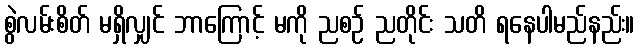
စွဲလမ်းစိတ် မရှိလျှင် ဘာကြောင့် မကို ညစဉ် ညတိုင်း သတိ ရနေပါမည်နည်း။